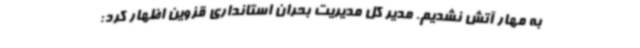
به مهار آتش نشدیم. مدیر کل مدیریت بحران استانداری قزوین اظهار کرد: